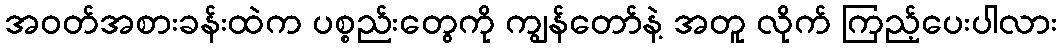
အဝတ်အစားခန်းထဲက ပစ္စည်းတွေကို ကျွန်တော်နဲ့ အတူ လိုက် ကြည့်ပေးပါလား